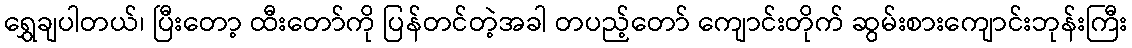
ရွှေချပါတယ်၊ ပြီးတော့ ထီးတော်ကို ပြန်တင်တဲ့အခါ တပည့်တော် ကျောင်းတိုက် ဆွမ်းစားကျောင်းဘုန်းကြီး